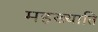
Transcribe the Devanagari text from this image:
महख्याति